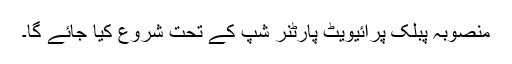
منصوبہ پبلک پرائیویٹ پارٹنر شپ کے تحت شروع کیا جائے گا۔